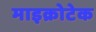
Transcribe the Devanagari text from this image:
माइक्रोटेक